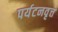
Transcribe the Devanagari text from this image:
पर्यटनवृत्त